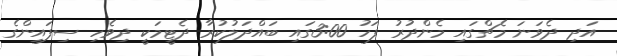
އަދި ދެވަނަ މެޗްގައި މެންދުރު ފަހު 3:00ގައި ބައްދަލުކުރާ ދެޓީމަކީ ދިވެހި ސިފައިންގެ